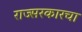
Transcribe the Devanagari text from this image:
राज्सरकारचा